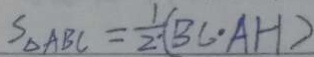
S _ { \Delta A B C } = \frac { 1 } { 2 ^ { \cdot } } ( B C \cdot A H )